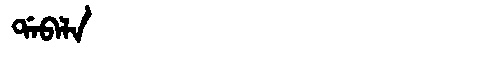
Manchu: ᡩᠠᠪᠠᠯᠠ
Romanization: DABALA